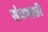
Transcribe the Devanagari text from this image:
संत्रगाछी